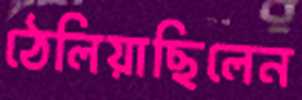
ঠেলিয়াছিলেন